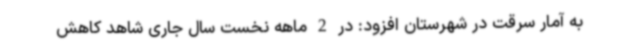
به آمار سرقت در شهرستان افزود: در 2 ماهه نخست سال جاری شاهد کاهش